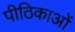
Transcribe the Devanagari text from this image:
पीठिकाओं